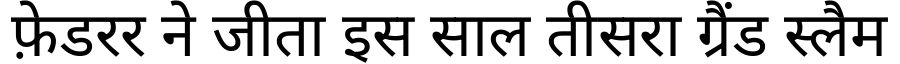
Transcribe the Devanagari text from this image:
फ़ेडरर ने जीता इस साल तीसरा ग्रैंड स्लैम